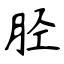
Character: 胫